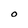
Character: O